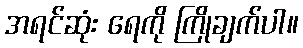
အရင်ဆုံး ရေကို ကြိုချက်ပါ။